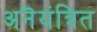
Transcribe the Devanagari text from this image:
अनॆयंत्रित